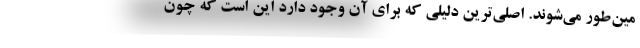
مین‌طور می‌شوند. اصلی‌ترین دلیلی که برای آن وجود دارد این است که چون